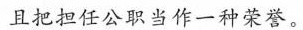
且把担任公职当作一种荣誉。